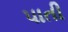
પાતી